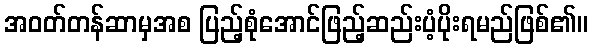
အဝတ်တန်ဆာမှအစ ပြည့်စုံအောင်ဖြည့်ဆည်းပံ့ပိုးရမည်ဖြစ်၏။